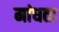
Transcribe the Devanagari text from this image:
मांधता